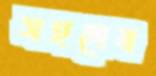
সহদেব